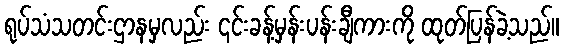
ရုပ်သံသတင်းဌာနမှလည်း ၎င်းခန့်မှန်းပန်းချီကားကို ထုတ်ပြန်ခဲ့သည်။